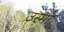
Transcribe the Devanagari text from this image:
उस्मा